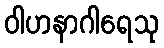
ဝါဟနာဂါရေသု